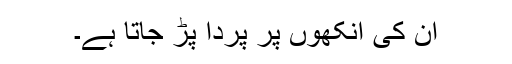
ان کی آنکھوں پر پردا پڑ جاتا ہے۔